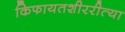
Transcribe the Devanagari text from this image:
किफायतशीररीत्या